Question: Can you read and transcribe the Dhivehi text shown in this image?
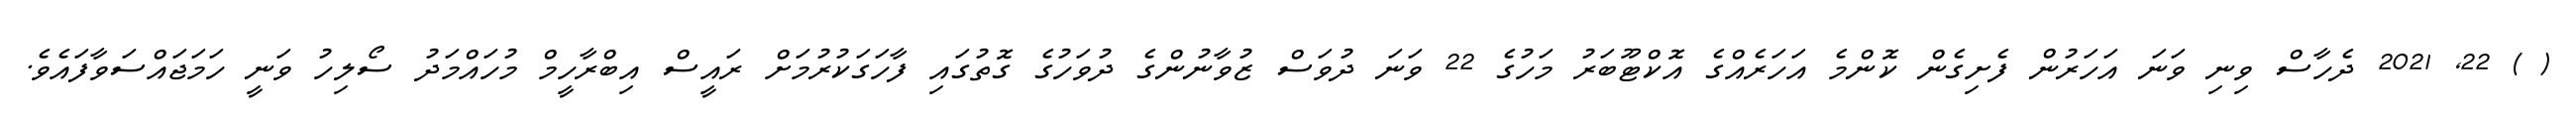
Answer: ( ) 22, 2021 ދެހާސް ވިނި ވަނަ އަހަރުން ފެށިގެން ކޮންމެ އަހަރެއްގެ އޮކްޓޫބަރު މަހުގެ 22 ވަނަ ދުވަސް ޒުވާނުންގެ ދުވަހުގެ ގޮތުގައި ފާހަގަކުރުމަށް ރައީސް އިބްރާހީމް މުހައްމަދު ސޯލިހު ވަނީ ހަމަޖައްސަވާފައެވެ.